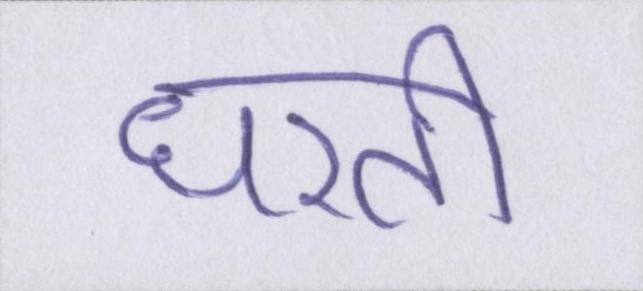
धरती